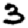
Digit: 3